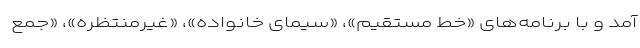
آمد و با برنامه‌های «خط مستقیم»، «سیمای خانواده»، «غیرمنتظره»، «جمع